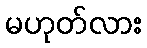
မဟုတ်လား